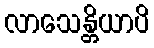
လာသေန္တိယာပိ